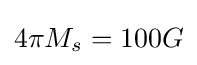
4\pi M_{s}=100G